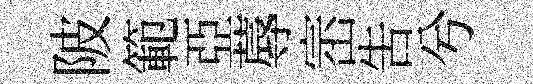
陂範亞蓐崈吿兮